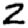
Digit: 2